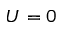
U = 0